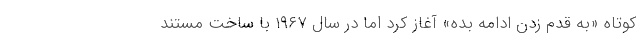
کوتاه «به قدم زدن ادامه بده» آغاز کرد اما در سال ۱۹۶۷ با ساخت مستند